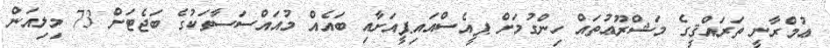
ޢުމްރާނީ ތަރައްޤީގެ މަޝްރޫޢުތައް ހިންގުމަށް ޕީއެސްއައިޕީއަށާއި ބައެއް މުއައްސަސާތަކުގެ ބަޖެޓަށް 73 މިލިއަން